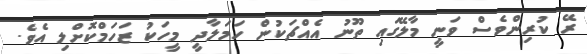
ރޭ ކުރިންވެސް ވަނީ މާލޭގައި ތޫނު އެއްޗަކުން ހަމަލާދީ މީހަކު ޒަހަމްކޮށްލި އެވެ.